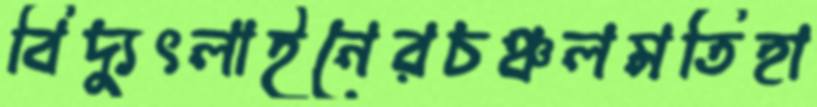
বিদ্যুৎলাইনেরচঞ্চলমতিহা